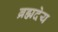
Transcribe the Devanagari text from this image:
ब्रह्मदेय